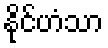
နိုင်ဟံသာ